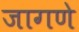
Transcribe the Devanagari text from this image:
जागणे